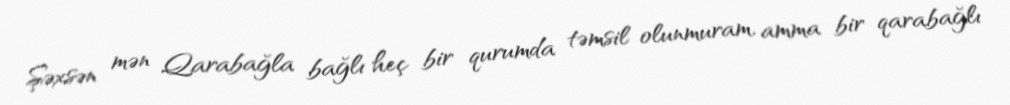
Şəxsən mən Qarabağla bağlı heç bir qurumda təmsil olunmuram, amma bir qarabağlı